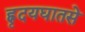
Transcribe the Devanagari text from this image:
ह्रृदयघातसे